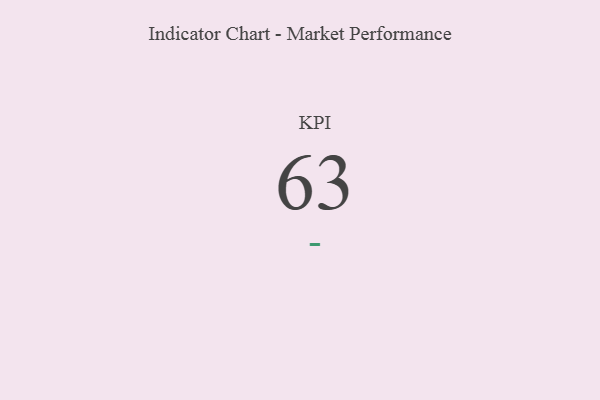
{"axis": {"x": "KPI", "y": "Value"}, "legend": [""], "data": [{"x": "KPI", "y": 63, "type": ""}]}